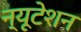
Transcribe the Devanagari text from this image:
न्यूटेशन